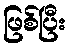
ဖြစ်ပြီး